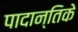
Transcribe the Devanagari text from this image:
पादान्तिके